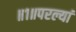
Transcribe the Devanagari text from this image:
॥१॥परल्यां